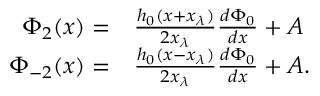
\begin{array} { r l } { \Phi _ { 2 } ( x ) = } & { { } \frac { h _ { 0 } ( x + x _ { \lambda } ) } { 2 x _ { \lambda } } \frac { d \Phi _ { 0 } } { d x } + A } \\ { \Phi _ { - 2 } ( x ) = } & { { } \frac { h _ { 0 } ( x - x _ { \lambda } ) } { 2 x _ { \lambda } } \frac { d \Phi _ { 0 } } { d x } + A . } \end{array}